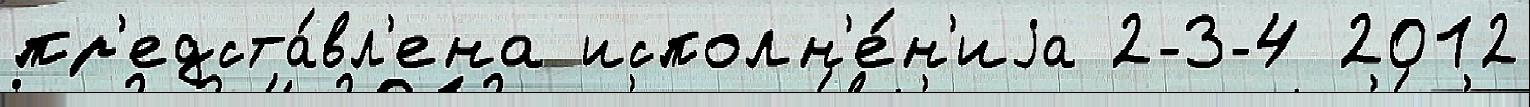
пр'едста́вл'ена исполн'е́н'иjа 2-3-4 2012